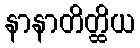
နာနာတိတ္ထိယ